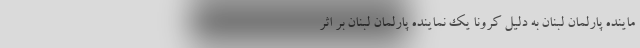
ماینده پارلمان لبنان به دلیل کرونا یک نماینده پارلمان لبنان بر اثر